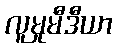
လူမှုမီဒီယာ